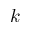
k